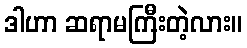
ဒါဟာ ဆရာမကြီးတဲ့လား။